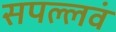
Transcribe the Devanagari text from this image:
सपल्लवं